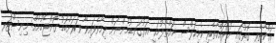
ރައްކާތެރި ގޮތުގައި ނުރައްކާތެރި ކެމިކަލްސް ނައްތާލުމަކީ އަޅުގަނޑުމެންނަށް ދިމާވެފައިވާ ވަރަށްބޮޑު ގޮންޖެހުމެއް: މިނިސްޓަރ